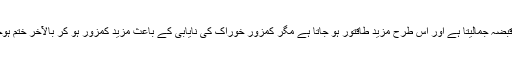
ان میں سے جو طاقتور ہوتا ہےوہ گھاس پر قبضہ جمالیتا ہے اور اس طرح مزید طاقتور ہو جاتا ہے مگر کمزور خوراک کی نایابی کے باعث مزید کمزور ہو کر بالآخر ختم ہوجاتا ہے اسی کشمکش کا نام تنازع للبقاء ہے۔